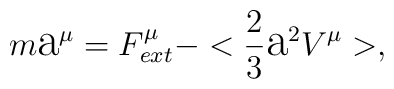
m\hbox{\Large a}^{\mu}=F^{\mu}_{ext}-<\frac{2}{3}{\hbox{\Large a}}^{2}V^{\mu}>,